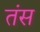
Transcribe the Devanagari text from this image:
तंस